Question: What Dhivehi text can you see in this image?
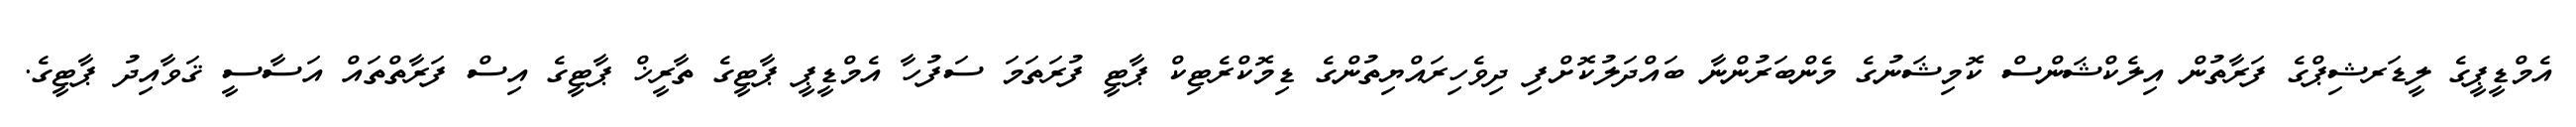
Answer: އެމްޑީޕީގެ ލީޑަރޝިޕްގެ ފަރާތުން އިލެކްޝަންސް ކޮމިޝަނުގެ މެންބަރުންނާ ބައްދަލުކޮށްފި ދިވެހިރައްޔިތުންގެ ޑިމޮކްރެޓިކް ޕާޓީ ފުރަތަމަ ސަފުހާ އެމްޑީޕީ ޕާޓީގެ ތާރީޚް ޕާޓީގެ އިސް ފަރާތްތައް އަސާސީ ޤަވާއިދު ޕާޓީގެ.